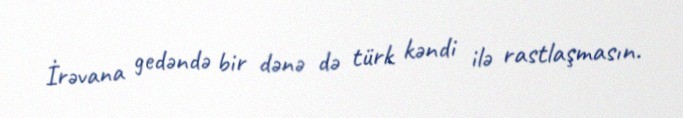
İrəvana gedəndə bir dənə də türk kəndi ilə rastlaşmasın.